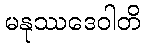
မနုဿဒေဝါတိ